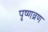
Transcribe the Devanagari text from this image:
पृष्णव्रण